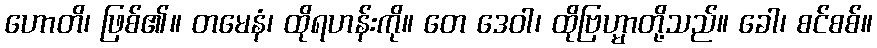
ဟောတိ၊ ဖြစ်၏။ တမေနံ၊ ထိုရဟန်းကို။ တေ ဒေဝါ၊ ထိုဗြဟ္မာတို့သည်။ ခေါ၊ စင်စစ်။